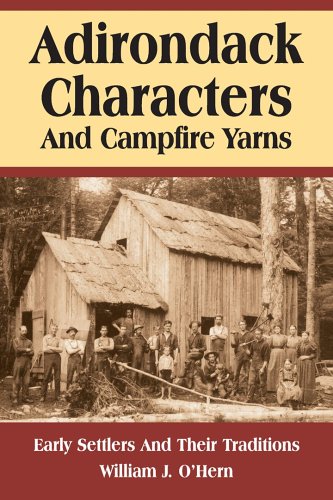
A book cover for Adirondack Characters and Campfire Yarns: Early Settlers and Their Traditions; William J. O'Hern; Science & Math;